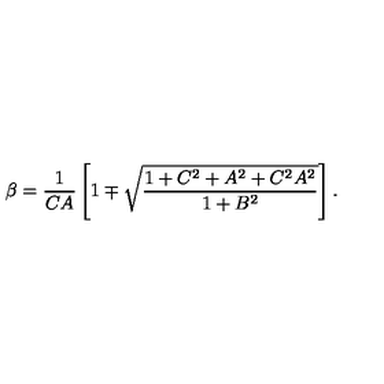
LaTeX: \beta = { \frac { 1 } { C A } } \left[ 1 \mp \sqrt { \frac { 1 + C ^ { 2 } + A ^ { 2 } + C ^ { 2 } A ^ { 2 } } { 1 + B ^ { 2 } } } \right] .